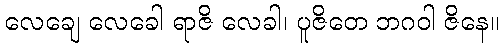
လေချေ လေခေါ ရာဇိ လေခါ၊ ပူဇိတေ ဘဂဝါ ဇိနေ။